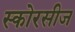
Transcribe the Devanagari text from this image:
स्कोरसीज